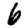
Digit: 6